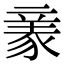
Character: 𧱏